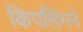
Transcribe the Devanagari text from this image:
किपलिंगने